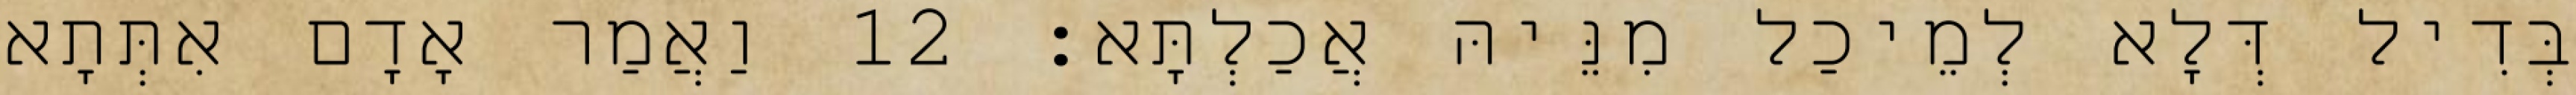
בְּדִיל דְּלָא לְמֵיכַל מִנֵּיהּ אֲכַלְתָּא׃ 12 וַאֲמַר אָדָם אִתְּתָא